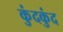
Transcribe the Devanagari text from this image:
कुंदकुंद